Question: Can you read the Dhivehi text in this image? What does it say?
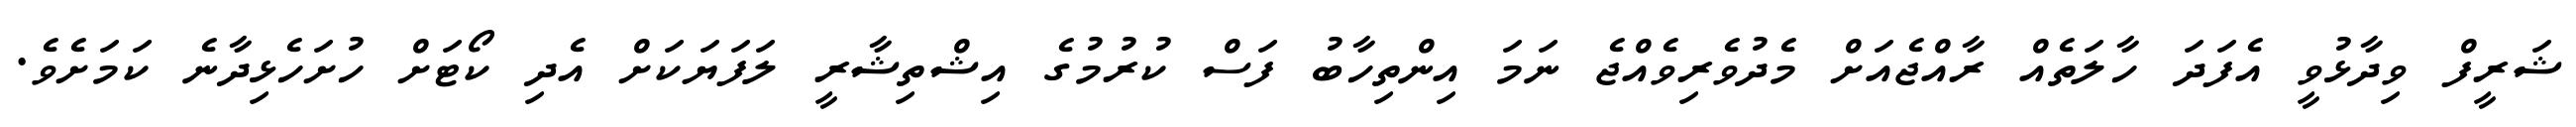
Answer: ޝަރީފް ވިދާޅުވީ އެފަދަ ހާލަތެއް ރާއްޖެއަށް މެދުވެރިވެއްޖެ ނަމަ އިންތިހާބު ފަސް ކުރުމުގެ އިޝްތިޝާރީ ލަފަޔަކަށް އެދި ކޯޓަށް ހުށަހެޅިދާނެ ކަމަށެވެ.